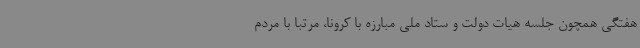
هفتگی همچون جلسه هیات دولت و ستاد ملی مبارزه با کرونا، مرتبا با مردم